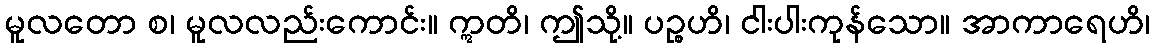
မူလတော စ၊ မူလလည်းကောင်း။ ဣတိ၊ ဤသို့။ ပဉ္စဟိ၊ ငါးပါးကုန်သော။ အာကာရေဟိ၊